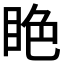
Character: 𥅺